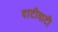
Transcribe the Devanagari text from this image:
दाटीवाटी